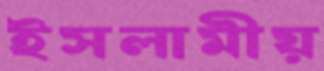
ইসলামীয়